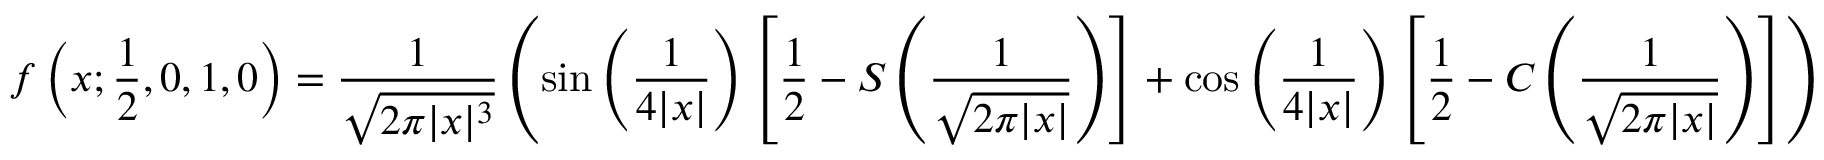
f \left( x ; { \frac { 1 } { 2 } } , 0 , 1 , 0 \right) = { \frac { 1 } { \sqrt { 2 \pi | x | ^ { 3 } } } } \left( \sin \left( { \frac { 1 } { 4 | x | } } \right) \left[ { \frac { 1 } { 2 } } - S \left( { \frac { 1 } { \sqrt { 2 \pi | x | } } } \right) \right] + \cos \left( { \frac { 1 } { 4 | x | } } \right) \left[ { \frac { 1 } { 2 } } - C \left( { \frac { 1 } { \sqrt { 2 \pi | x | } } } \right) \right] \right)